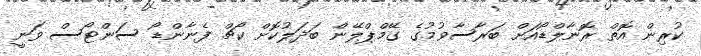
ކުރިން އޮތް ރޮނާލްޑޯއަށް ބަރާސާވުމުގެ ގޭމްޕްލޭން ބަދަލުކޮށް ކޯޗް ފެނާންޑޯ ސަންޓޯސް ވަނީ